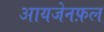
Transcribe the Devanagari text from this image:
आयजेनफ़ल